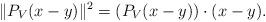
LaTeX: \begin{align*}\|P_V(x-y)\|^{2} = (P_V(x-y))\cdot(x-y).\end{align*}